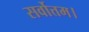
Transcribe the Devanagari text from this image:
सर्वोत्तम।